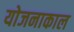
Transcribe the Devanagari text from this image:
योजनाकाल